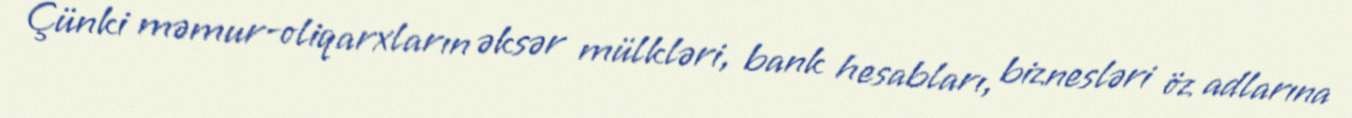
Çünki məmur-oliqarxların əksər mülkləri, bank hesabları, biznesləri öz adlarına